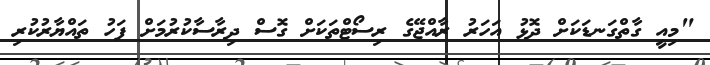
"މިއީ ގާތްގަނޑަކަށް ދޮޅު އަހަރު ރާއްޖޭގެ ރިސޯޓްތަކަށް ގޮސް ދިރާސާކުރުމަށް ފަހު ތައްޔާރުކުރި